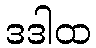
ဒဒါထ